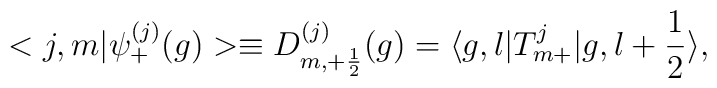
<j,m|{\psi}_{+}^{(j)}(g)>\equiv D^{(j)}_{m,+\frac{1}{2}}(g)=\langle g,l|T^{j}_{m+}|g,l+\frac{1}{2}\rangle,